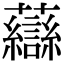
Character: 𧄶